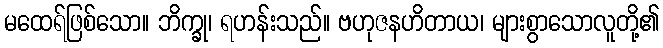
မထေရ်ဖြစ်သော။ ဘိက္ခု၊ ရဟန်းသည်။ ဗဟုဇနဟိတာယ၊ များစွာသောလူတို့၏